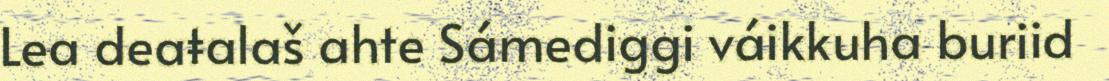
Lea deaŧalaš ahte Sámediggi váikkuha buriid